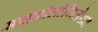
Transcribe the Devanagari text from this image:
साइकॉलोजिज़ेशन